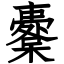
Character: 櫜